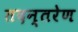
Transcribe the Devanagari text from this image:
तदन्तरेण